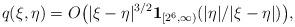
LaTeX: \begin{align*}& q(\xi,\eta) = O \big( |\xi-\eta|^{3/2} \mathbf{1}_{[2^6,\infty)}(|\eta|/|\xi-\eta|) \big) ,\end{align*}